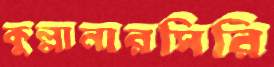
কুল্লানারসিরি